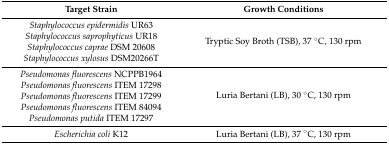
| Target Strain | Growth Conditions |
 | --- | --- |
 | Staphylococcus epidermidis UR63 | <ROWSPAN=4> Tryptic Soy Broth (TSB), 37 °C, 130 rpm |
 | Staphylococcus saprophyticus UR18 |
 | Staphylococcus caprae DSM 20608 |
 | Staphylococcus xylosus DSM20266T |
 | Pseudomonas fluorescens NCPPB1964 | <ROWSPAN=5> Luria Bertani (LB), 30 °C, 130 rpm |
 | Pseudomonas fluorescens ITEM 17298 |
 | Pseudomonas fluorescens ITEM 17299 |
 | Pseudomonas fluorescens ITEM 84094 |
 | Pseudomonas putida ITEM 17297 |
 | Escherichia coli K12 | Luria Bertani (LB), 37 °C, 130 rpm |